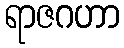
ရာဇဂဟာ